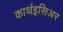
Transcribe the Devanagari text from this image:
कार्थइसिअर